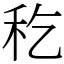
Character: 𥝖